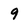
Character: 9